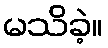
မသိခဲ့။